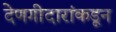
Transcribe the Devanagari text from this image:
देणगीदारांकडून